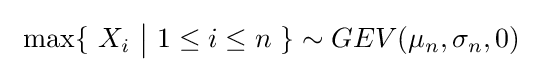
\ \max\{\ X_{i}\ {\big |}\ 1\leq i\leq n\ \}\sim GEV(\mu _{n},\sigma _{n},0)\